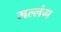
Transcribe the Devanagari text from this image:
मल्लंग